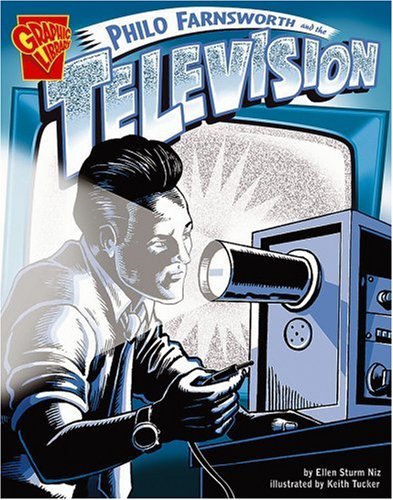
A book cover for Philo Farnsworth and the Television (Inventions and Discovery); Ellen S. Niz; Children's Books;